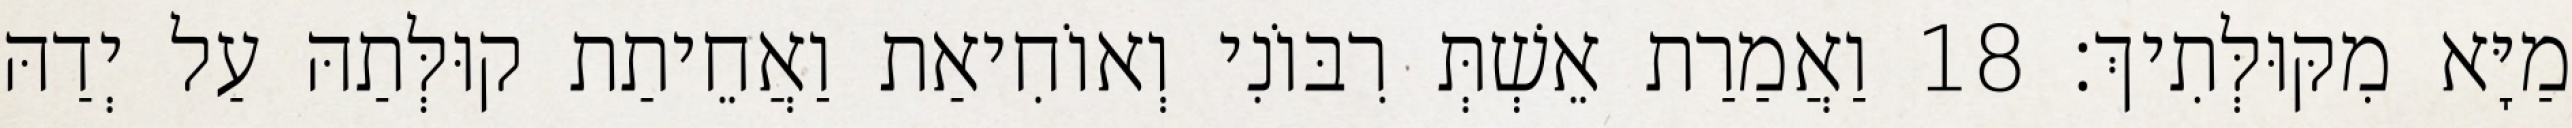
מַיָּא מִקּוּלְּתִיךְ׃ 18 וַאֲמַרַת אֵשְׁתְּ רִבּוֹנִי וְאוֹחִיאַת וַאֲחֵיתַת קוּלְּתַהּ עַל יְדַהּ